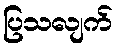
ပြသလျက်